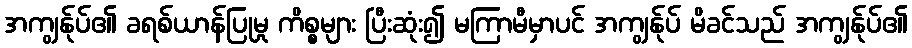
အကျွန်ုပ်၏ ခရစ်ယာန်ပြုမှု ကိစ္စများ ပြီးဆုံး၍ မကြာမီမှာပင် အကျွန်ုပ် မိခင်သည် အကျွန်ုပ်၏